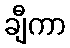
ချီကာ